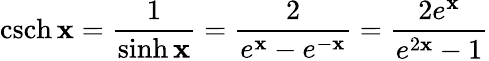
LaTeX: \operatorname{csch}\mathbf{x}={\frac{{1}}{{\sinh\mathbf{x}}}}={\frac{{2}}{{e^{\mathbf{x}}-e^{-\mathbf{x}}}}}={\frac{{2e^{\mathbf{x}}}}{{e^{2\mathbf{x}}-1}}}